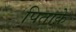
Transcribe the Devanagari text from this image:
पिताके